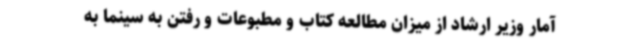
آمار وزیر ارشاد از میزان مطالعه کتاب و مطبوعات و رفتن به سینما به